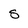
Character: S